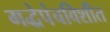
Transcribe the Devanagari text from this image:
गद्धेपंचविशीत